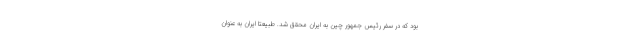
بود که در سفر رئیس جمهور چین به ایران محقق شد. طبیعتا ایران به عنوان